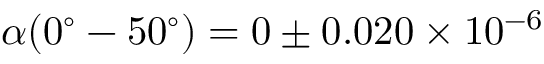
\alpha ( 0 ^ { \circ } - 5 0 ^ { \circ } ) = 0 \pm 0 . 0 2 0 \times 1 0 ^ { - 6 }